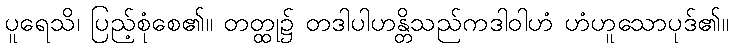
ပူရေသိ၊ ပြည့်စုံစေ၏။ တတ္ထု၌ တဒါပါဟန္တိသည်ကဒါဝါဟံ ဟံဟူသောပုဒ်၏။